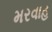
મરવાહ